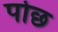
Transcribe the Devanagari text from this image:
पोछ